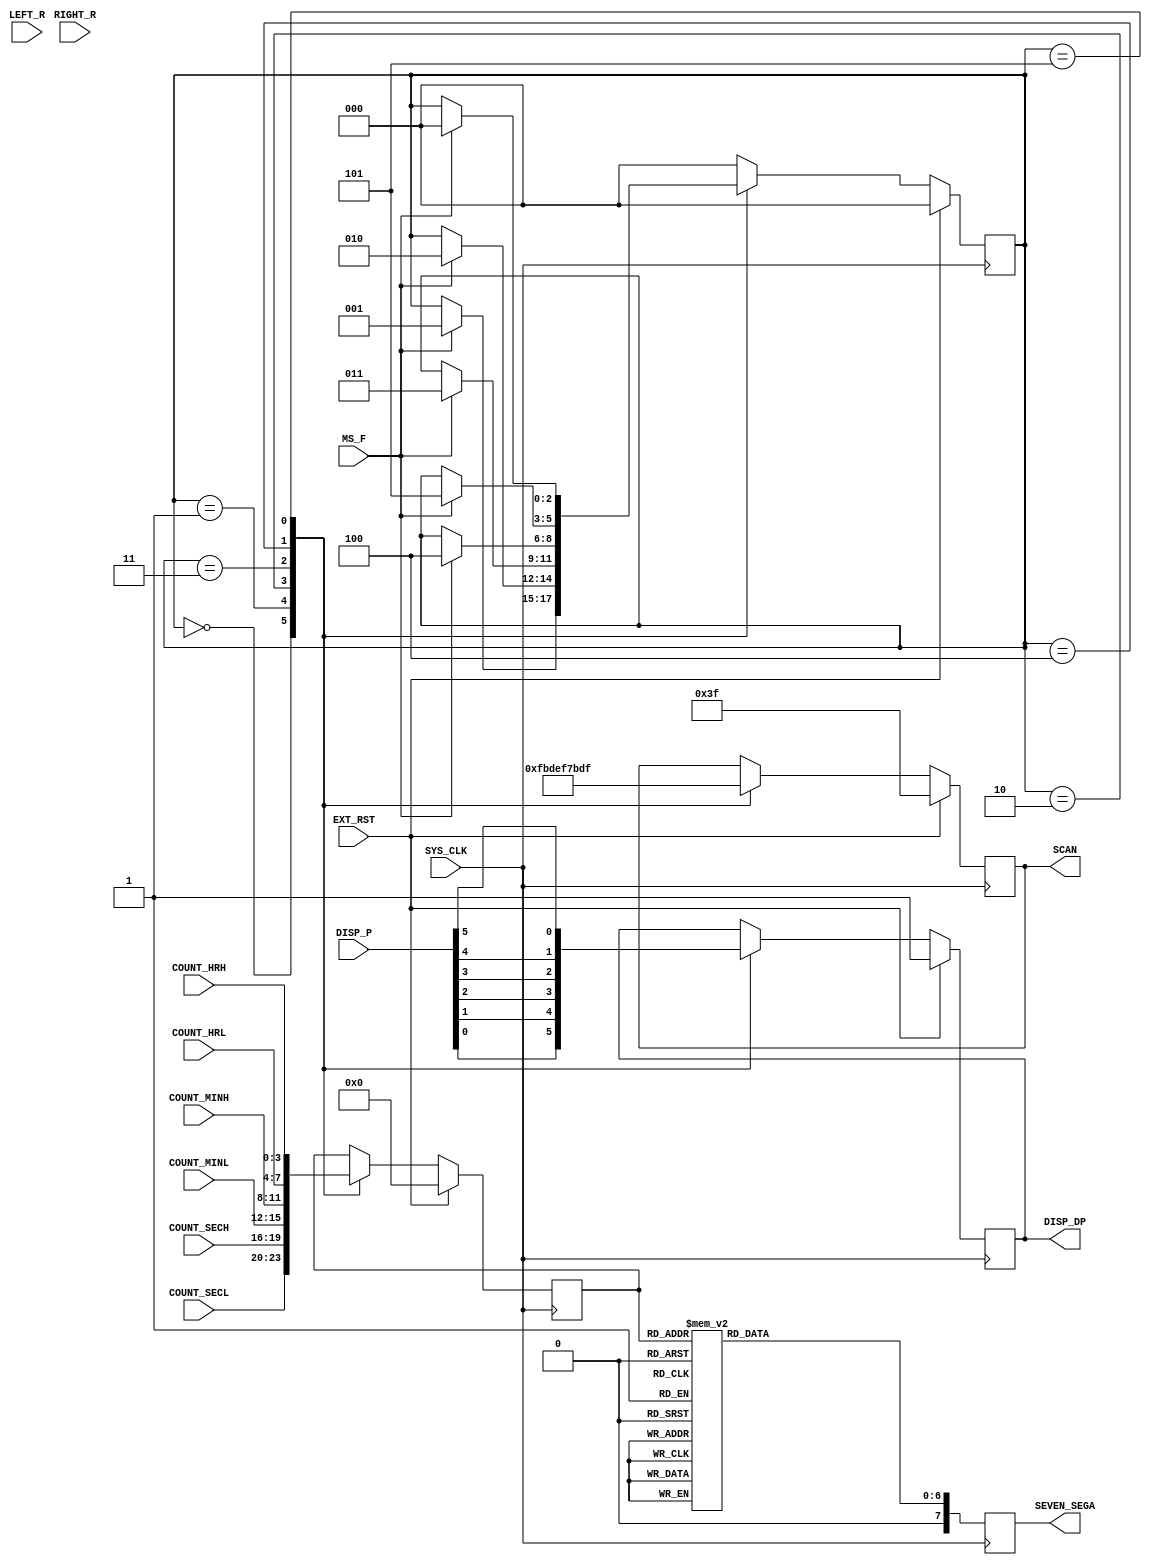

module seg_disp
(
	input			    	SYS_CLK,
	input			    	EXT_RST,
	input			    	LEFT_R,
	input			    	RIGHT_R,
	input			    	MS_F,
	input	[3:0]	    	COUNT_SECL,
	input	[3:0]	    	COUNT_SECH,
	input	[3:0]	    	COUNT_MINL,
	input	[3:0]	    	COUNT_MINH,
	input	[3:0]	    	COUNT_HRL,
	input	[3:0]	    	COUNT_HRH,
	input	[5:0]			DISP_P,
	output	reg [5:0]		SCAN,
	output	reg		    	DISP_DP,
	output	reg [7:0]		SEVEN_SEGA
);

reg [3:0]	counta;
reg [2:0]	scan_st;
reg [6:0]	seven_seg_ra;
 
always @ (posedge SYS_CLK)
	if (EXT_RST)
		begin
			SCAN <= 6'b11_1111; 
			counta <= 4'b0;
			DISP_DP <= 1'b1;
			scan_st <= 0;
		end
	else
		case (scan_st)
			0:
				begin
					SCAN <= 6'b11_1110;
					counta <= COUNT_SECL;
					DISP_DP <= DISP_P[0];
					if (MS_F)
						scan_st <= 1;
				end
			1:
				begin
					SCAN <= 6'b11_1101;
					counta <= COUNT_SECH;
					DISP_DP	<= DISP_P[1];
					if (MS_F)
						scan_st <= 2;
				end
			2:
				begin
					SCAN <= 6'b11_1011;
					counta <= COUNT_MINL;
					DISP_DP <= DISP_P[2];
					if (MS_F)
						scan_st <= 3;
				end
			3:
				begin
					SCAN <= 6'b11_0111;
					counta <= COUNT_MINH;
					DISP_DP <= DISP_P[3];
					if (MS_F)
						scan_st <= 4;  
				end 
			4:
				begin
					SCAN <= 6'b10_1111;
					counta <= COUNT_HRL;
					DISP_DP <= DISP_P[4];
					if (MS_F)
						scan_st <= 5;

				end 
			5:
				begin
					SCAN <= 6'b01_1111;
					counta <= COUNT_HRH;
					DISP_DP <= DISP_P[5];
					if (MS_F)
						scan_st <= 0;
				end 
			default:
				scan_st <= 0;
		endcase

always @ (*)
	case (counta)
		0:	seven_seg_ra <= 7'b100_0000;
		1:	seven_seg_ra <= 7'b111_1001;
		2:	seven_seg_ra <= 7'b010_0100;
		3:	seven_seg_ra <= 7'b011_0000;
		4:	seven_seg_ra <= 7'b001_1001;
		5:	seven_seg_ra <= 7'b001_0010;
		6:	seven_seg_ra <= 7'b000_0010;
		7:	seven_seg_ra <= 7'b111_1000;
		8:	seven_seg_ra <= 7'b000_0000;
		9:	seven_seg_ra <= 7'b001_0000;
		default:seven_seg_ra <= 7'b100_0000;
	endcase
always @ (posedge SYS_CLK)
	SEVEN_SEGA <= seven_seg_ra; 

endmodule